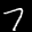
Label: 7